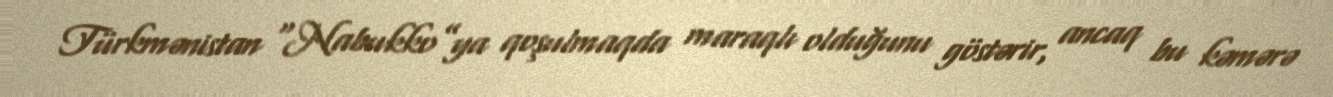
Türkmənistan “Nabukko”ya qoşulmaqda maraqlı olduğunu göstərir, ancaq bu kəmərə